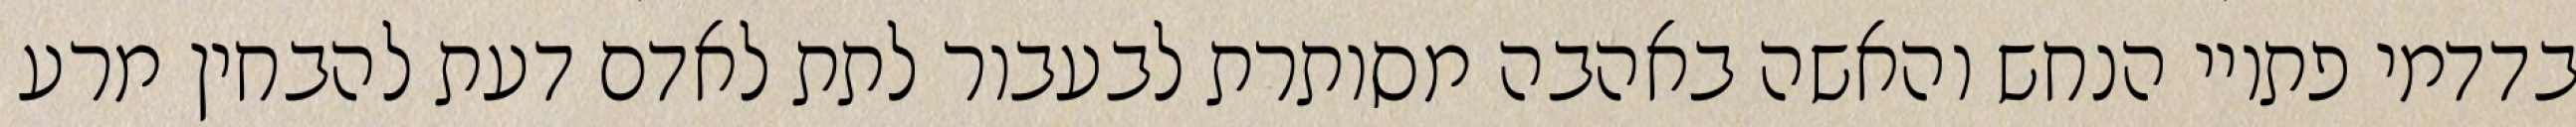
בדדמי פתויי הנחש והאשה באהבה מסותרת לבעבור לתת לאדם דעת להבחין מרע